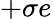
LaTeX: +\sigma e